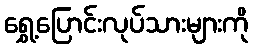
ရွှေ့ပြောင်းလုပ်သားများကို